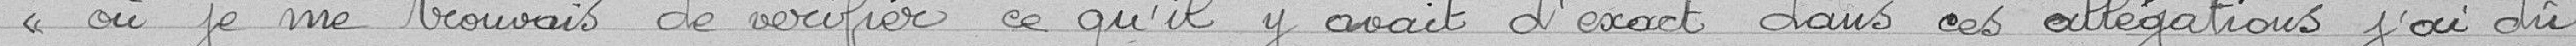
"où je me trouvais de vérifier ce qu'il y avait d'exact dans ces allégations j'ai du